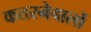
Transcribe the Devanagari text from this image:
कतरनेवालों